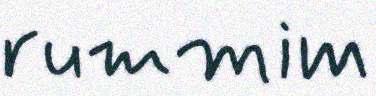
rummim